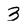
Character: 3